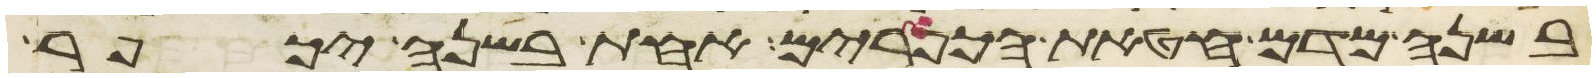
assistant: בשנה מדם חטאת הכפורים אחת בשנה יכפר